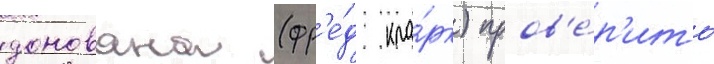
донована (фр'е́д кла́рк) пров'е́р'ить